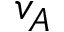
v _ { A }